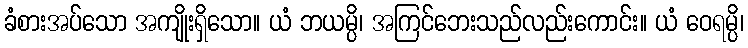
ခံစားအပ်သော အကျိုးရှိသော။ ယံ ဘယမ္ပိ၊ အကြင်ဘေးသည်လည်းကောင်း။ ယံ ဝေရမ္ပိ၊